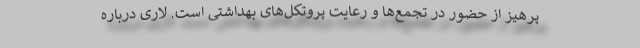
پرهیز از حضور در تجمع‌ها و رعایت پروتکل‌های بهداشتی است. لاری درباره